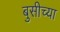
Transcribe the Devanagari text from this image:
बुसीच्या